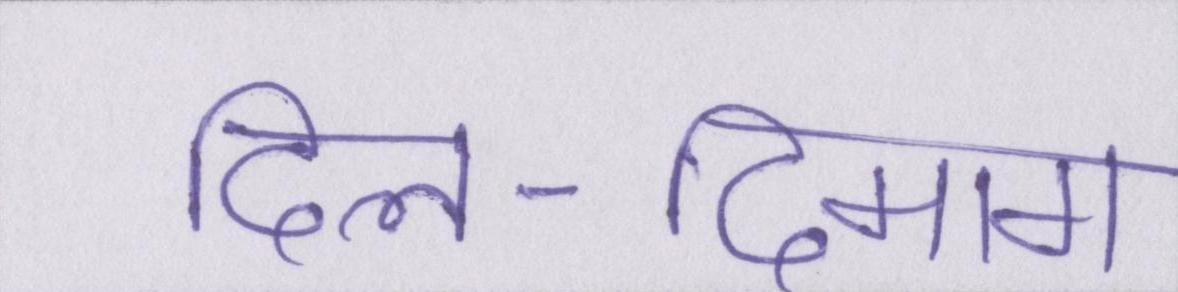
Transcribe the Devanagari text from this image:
दिल-दिमाग